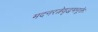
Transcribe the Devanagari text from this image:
मदनरत्नेवृद्धमनूक्तेः